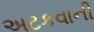
અટકવાની